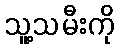
သူ့သမီးကို